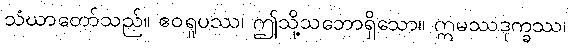
သံဃာတော်သည်။ ဧဝရူပဿ၊ ဤသို့သဘောရှိသော။ ဣမဿဒုက္ခဿ၊